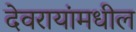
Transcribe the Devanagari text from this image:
देवरायांमधील